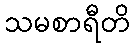
သမစာရီတိ